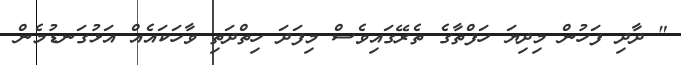
" ދާދި ފަހުން މިދިޔަ ހަފްތާގެ ތެރޭގައިވެސް މިފަދަ ހިތްދަތި ވާހަކައެއް އަޅުގަނޑުމެން